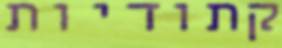
קתודיות